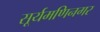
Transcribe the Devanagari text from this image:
सूर्यमणिनगर